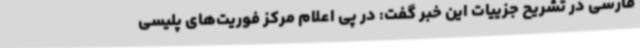
فارسی در تشریح جزییات این خبر گفت: در پی اعلام مرکز فوریت‌های پلیسی